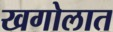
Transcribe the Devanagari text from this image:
खगोलात